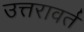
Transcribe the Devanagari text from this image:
उत्तरावर्त